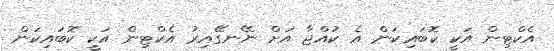
އެކްޓިން އަކީ ކޮބައިކަން އެ ކުއްޖާ އަށް ނޭނގޭއިރު އެކްޓިން އަކީ ކޮބައިކަން